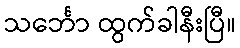
သင်္ဘော ထွက်ခါနီးပြီ။